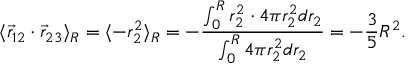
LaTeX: \langle \vec { r } _ { 1 2 } \cdot \vec { r } _ { 2 3 } \rangle _ { R } = \langle - r _ { 2 } ^ { 2 } \rangle _ { R } = - \frac { \int _ { 0 } ^ { R } r _ { 2 } ^ { 2 } \cdot 4 \pi r _ { 2 } ^ { 2 } d r _ { 2 } } { \int _ { 0 } ^ { R } 4 \pi r _ { 2 } ^ { 2 } d r _ { 2 } } = - \frac { 3 } { 5 } R ^ { 2 } .